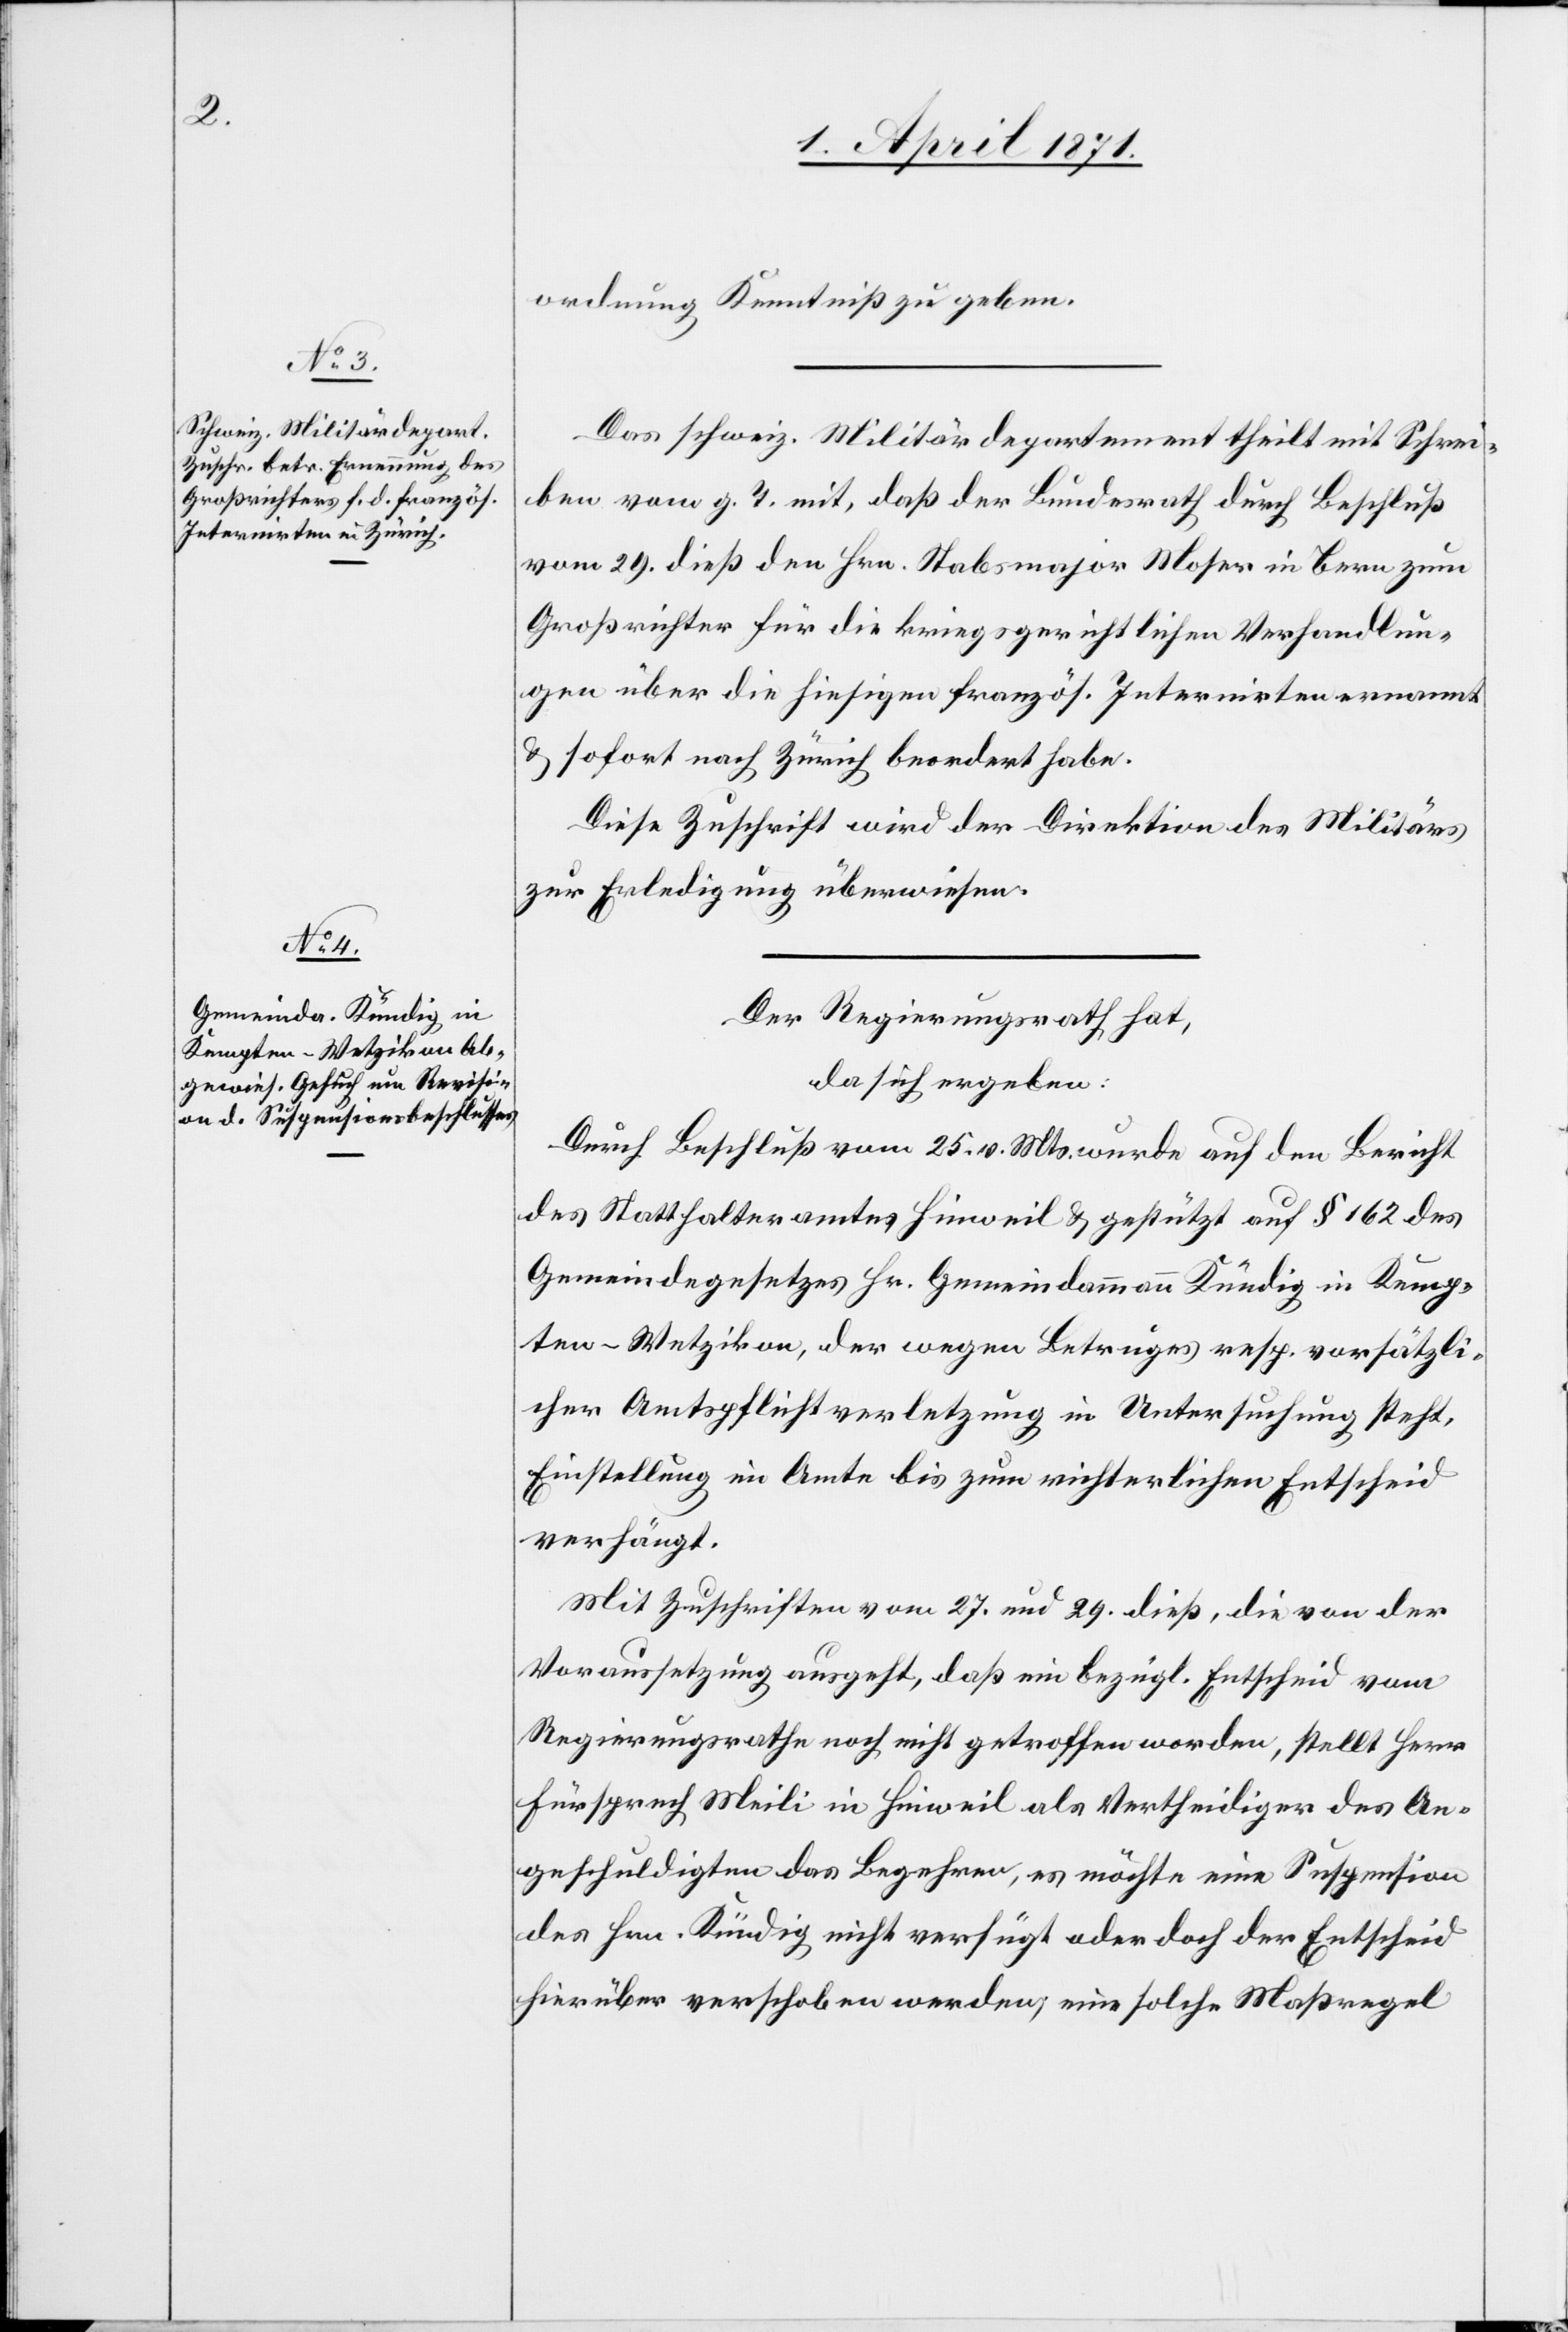
ordnung Kenntniß zu geben.
Das schweiz. Militärdepartement theilt mit Schrei¬
ben vom g. T. mit, daß der Bundesrath durch Beschluß
vom 29. dieß den Hrn. Stabsmajor Moser in Bern zum
Großrichter für die kriegsgerichtlichen Verhandlun¬
gen über die hiesigen französ. Internirten ernannt
u. sofort nach Zürich beordert habe.
Diese Zuschrift wird der Direktion des Militärs
zur Erledigung überwiesen.
Der Regierungsrath hat,
da sich ergeben:
Durch Beschluß vom 25. v. Mts. wurde auf den Bericht
des Statthalteramtes Hinweil u. gestützt auf § 162 des
Gemeindegesetzes Hr. Gemeindammann Kündig in Kemp¬
ten-Wetzikon, der wegen Betruges resp. vorsätzli¬
cher Amtspflichtverletzung in Untersuchung steht,
Einstellung im Amte bis zum richterlichen Entscheid
verhängt.
Mit Zuschriften vom 27. und 29. dieß, die von der
Voraussetzung ausgeht, daß ein bezügl. Entscheid vom
Regierungsrathe noch nicht getroffen worden, stellt Herr
Fürsprech Meili in Hinweil als Vertheidiger des An¬
geschuldigten das Begehren, es möchte eine Suspension
des Hrn. Kündig nicht verfügt oder doch der Entscheid
hierüber verschoben werden; eine solche Maßregel